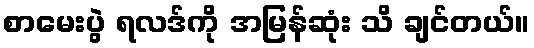
စာမေးပွဲ ရလဒ်ကို အမြန်ဆုံး သိ ချင်တယ်။